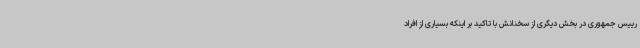
رییس جمهوری در بخش دیگری از سخنانش با تاکید بر اینکه بسیاری از افراد